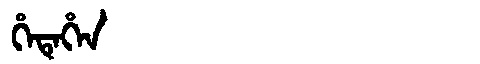
Manchu: ᡥᡝᡨᡝᡥᡝᠨ
Romanization: HETEHEN